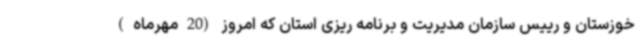
خوزستان و رییس سازمان مدیریت و برنامه ریزی استان که امروز (20مهرماه)